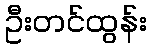
ဦးတင်ထွန်း